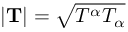
| \mathbf { T } | = { \sqrt { T ^ { \alpha } T _ { \alpha } } }